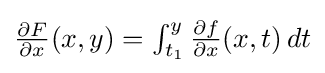
{\textstyle {\frac {\partial F}{\partial x}}(x,y)=\int _{t_{1}}^{y}{\frac {\partial f}{\partial x}}(x,t)\,dt}